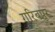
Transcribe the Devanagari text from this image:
गरिबपुर